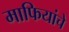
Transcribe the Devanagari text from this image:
माफियांचे